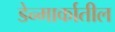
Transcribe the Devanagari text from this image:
डेन्मार्कातील